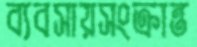
ব্যবসায়সংক্রান্ত